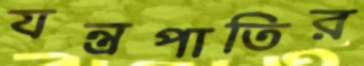
যন্ত্রপাতির